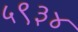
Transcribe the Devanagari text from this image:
५९३४